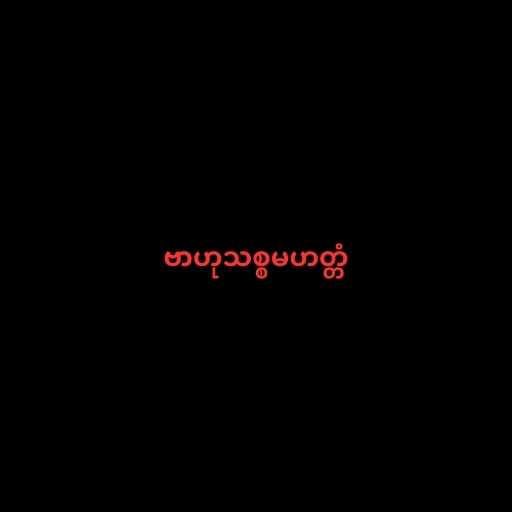
ဗာဟုသစ္စမဟတ္တံ